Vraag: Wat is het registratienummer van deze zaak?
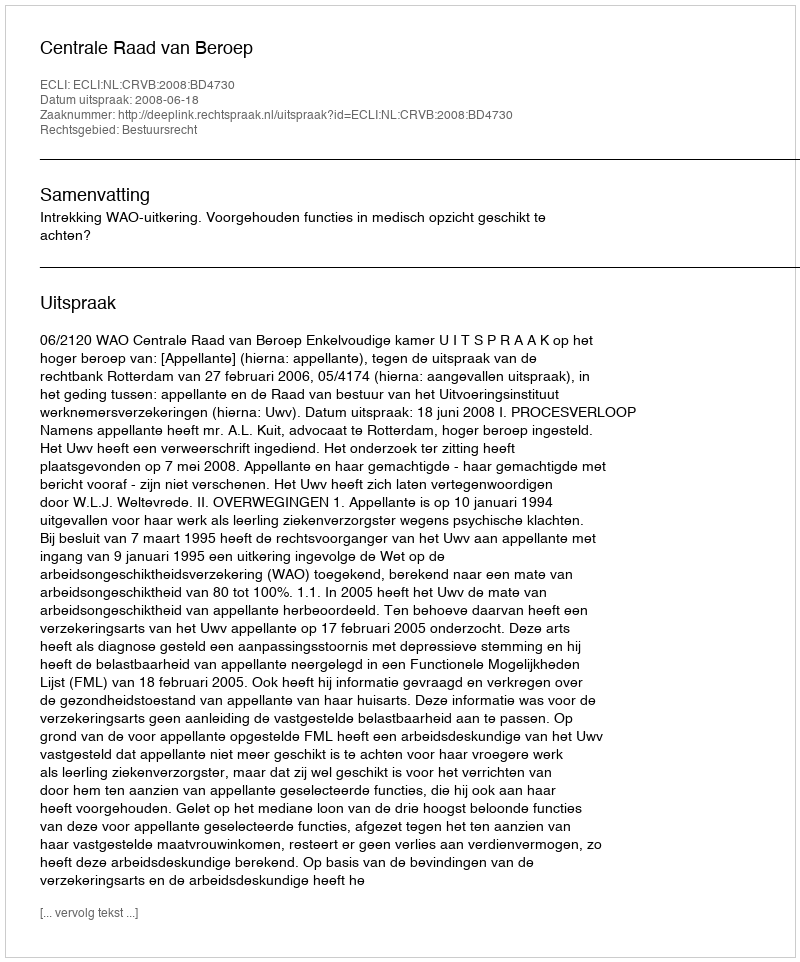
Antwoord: http://deeplink.rechtspraak.nl/uitspraak?id=ECLI:NL:CRVB:2008:BD4730